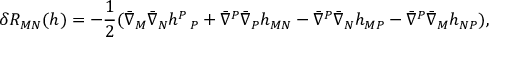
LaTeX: \delta R _ { M N } ( h ) = - { \frac { 1 } { 2 } } ( \bar { \nabla } _ { M } \bar { \nabla } _ { N } h _ { ~ ~ P } ^ { P } + \bar { \nabla } ^ { P } \bar { \nabla } _ { P } h _ { M N } - \bar { \nabla } ^ { P } \bar { \nabla } _ { N } h _ { M P } - \bar { \nabla } ^ { P } \bar { \nabla } _ { M } h _ { N P } ) ,